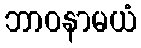
ဘာဝနာမယံ